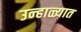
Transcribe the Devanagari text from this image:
उन्‍हाळ्यात